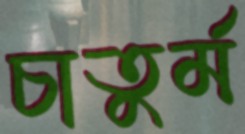
চাতুর্ম